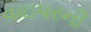
વાઇપરની